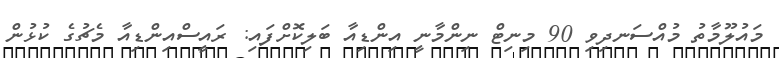
މައުލޫމާތު މުއްސަނދިވި 90 މިނިޓް ނިންމާނީ އިންޑިއާ ބަލިކޮށްފައި: ރައީސްއިންޑިއާ މެޗުގެ ކުޅުން